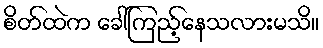
စိတ်ထဲက ခေါ်ကြည့်နေသလားမသိ။